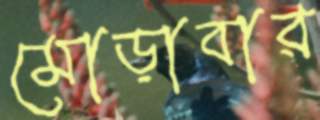
মোড়াবার